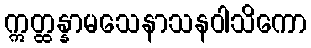
ဣတ္ထန္နာမသေနာသနဝါသိကော